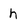
Character: h